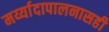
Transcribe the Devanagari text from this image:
मर्य्यादापालनासही